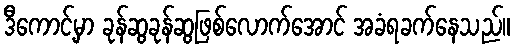
ဒီကောင့်မှာ ခုန်ဆွခုန်ဆွဖြစ်လောက်အောင် အခံရခက်နေသည်။